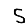
Digit: 5